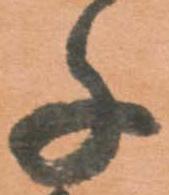
千